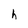
Character: h